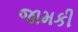
જામકી